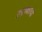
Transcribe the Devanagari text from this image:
रुद्राक्षाचा